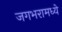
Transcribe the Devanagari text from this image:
जगभरामध्ये